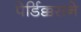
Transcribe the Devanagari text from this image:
पेर्डिक्कसने